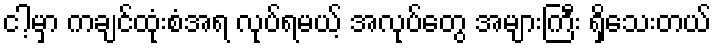
ငါ့မှာ ကချင်ထုံးစံအရ လုပ်ရမယ့် အလုပ်တွေ အများကြီး ရှိသေးတယ်